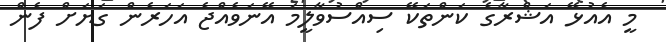
މީ އެއުޅޭ އަޝްރާގެ ކަންތަކޭ ސިއްސުވާލީމަ އޭނަވެއްޖެ އަހަރެން ގަޔަށް ފެން